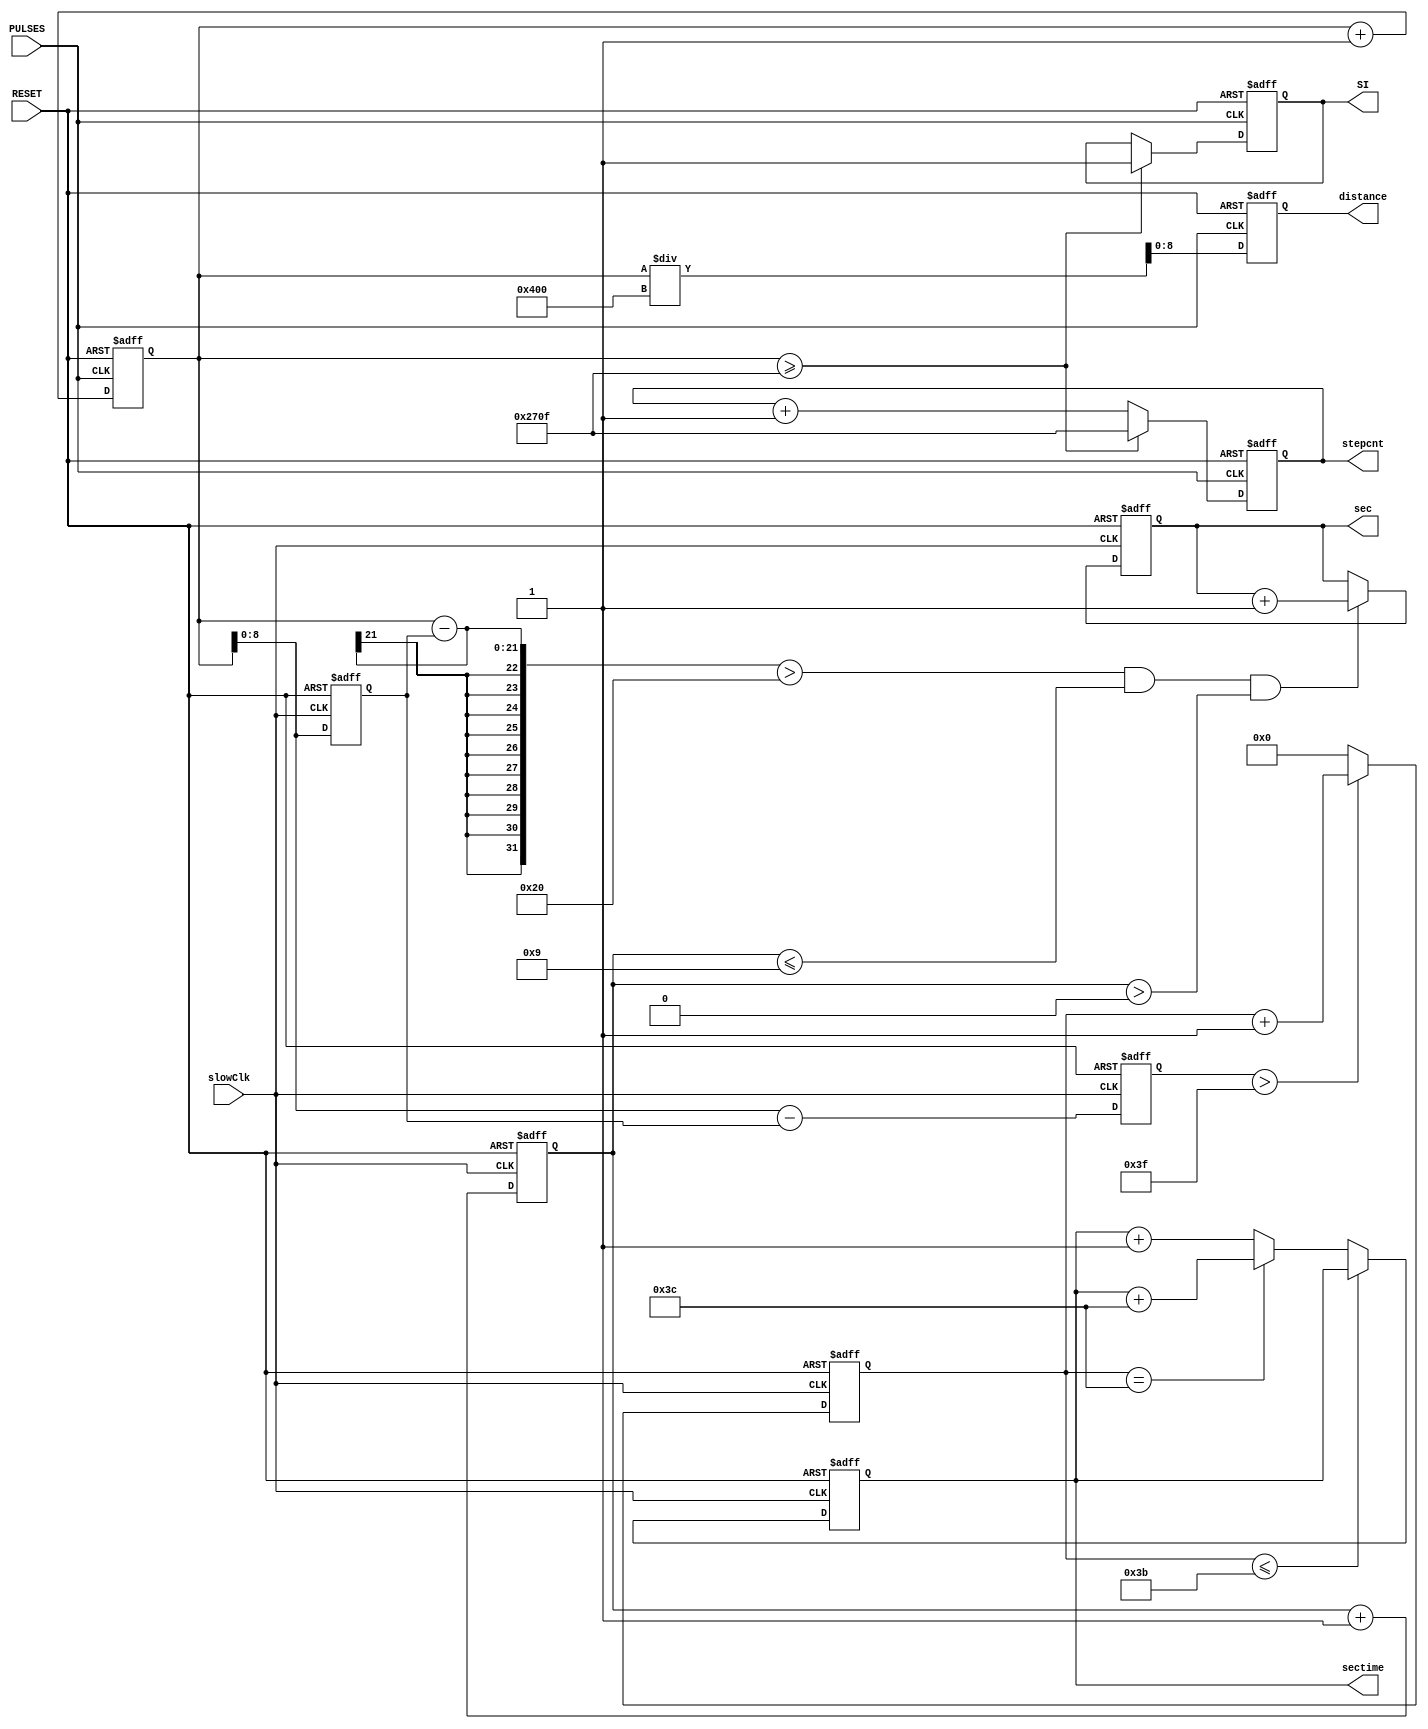
module FitTracker(slowClk, PULSES, RESET, SI, stepcnt, distance, sec, sectime);

input PULSES, RESET,slowClk;
output reg SI;
output reg[13:0] stepcnt;
output reg [8:0] distance;
output reg [3:0] sec;
output reg [8:0] sectime;

reg [20:0] counter;
reg [8:0] counter1;
reg [8:0] counter2;
reg [8:0] counter3;
reg [8:0] counter4;

always@(posedge PULSES or posedge RESET)
begin
if (RESET)
begin
  SI <= 0;
  counter <= 0;
  stepcnt <= 0;
  distance <= 0;
 end
else begin
    counter <= counter + 1;
	distance <= counter/1024;
    if (counter >= 9999)
        begin
        stepcnt <= 9999;
		SI <= 1;
		end
	else
	    stepcnt <= stepcnt + 1;	
end
end

always@ (posedge slowClk or posedge RESET)
begin
if (RESET)
begin 
sec <= 0;
sectime <= 0;
counter1 <= 0;
counter2 <= 0;
counter3 <= 0;
counter4 <= 0;
end
else begin
counter2 <= counter2 + 1;
counter4 <= counter ;
counter3 <= counter - counter4;
/*         seconds higher than 63 steps/s          */
if (counter3 > 63)
counter1 <= counter1 + 1;
else
counter1 <= 0;

if (counter1 <= 59)
sectime <= sectime;
else if (counter1 == 60)
sectime <= sectime + 60;
else 
sectime <= sectime + 1;
/*         seconds higher than 32 steps/s in first 9s         */
if ( ((counter - counter4) > 32) && (counter2 <= 9) && (counter2 >0))
sec <= sec + 1;
end
end

/*always@ (*)
begin
if (RESET)
sec = 0;
else if((counter2 <= 9) && (counter3 >= 32))
sec = sec + 1;
else sec = sec;
end*/




endmodule